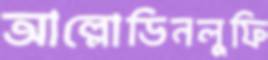
আল্লোডিনলুফি